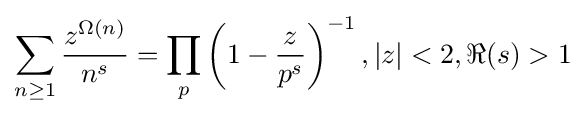
\sum _{n\geq 1}{\frac {z^{\Omega (n)}}{n^{s}}}=\prod _{p}\left(1-{\frac {z}{p^{s}}}\right)^{-1},|z|<2,\Re (s)>1